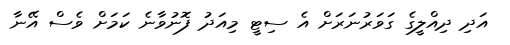
އަދި ދިއްލީގެ ގަވަރުނަރަށް އެ ސިޓީ މިއަދު ފޮނުވާނެ ކަމަށް ވެސް އޭނާ